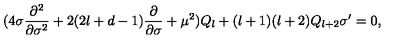
( 4 \sigma \frac { \partial ^ { 2 } } { \partial \sigma ^ { 2 } } + 2 ( 2 l + d - 1 ) \frac { \partial } { \partial \sigma } + \mu ^ { 2 } ) Q _ { l } + ( l + 1 ) ( l + 2 ) Q _ { l + 2 } \sigma ^ { \prime } = 0 ,